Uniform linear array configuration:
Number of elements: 24
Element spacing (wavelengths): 1
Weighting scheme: uniform
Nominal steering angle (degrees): -60
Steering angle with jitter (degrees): -61.773
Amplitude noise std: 0.05
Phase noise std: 0.05

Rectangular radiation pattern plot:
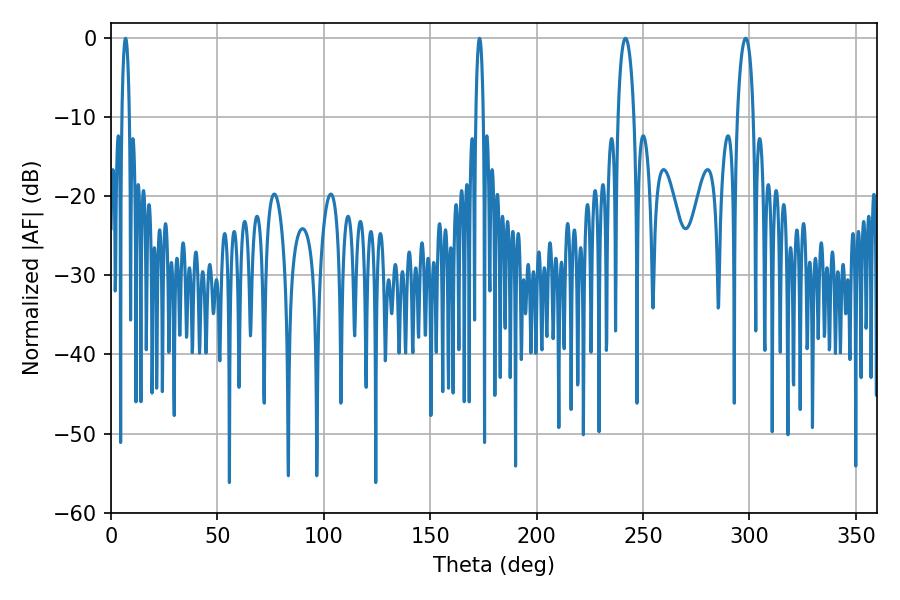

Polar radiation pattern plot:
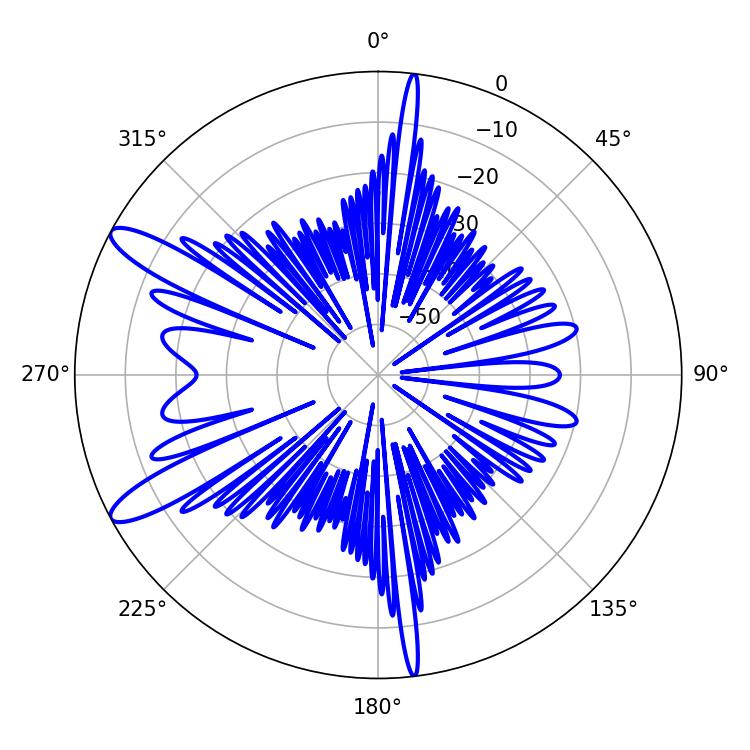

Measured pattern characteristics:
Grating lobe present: TRUE
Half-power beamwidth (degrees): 1.8
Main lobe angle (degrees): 6.84